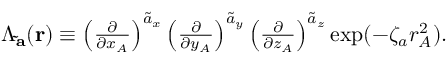
\begin{array} { r } { \Lambda _ { \mathbf { \tilde { a } } } ( { \bf r } ) \equiv \left( \frac { \partial } { \partial x _ { A } } \right) ^ { \tilde { a } _ { x } } \left( \frac { \partial } { \partial y _ { A } } \right) ^ { \tilde { a } _ { y } } \left( \frac { \partial } { \partial z _ { A } } \right) ^ { \tilde { a } _ { z } } \exp ( - \zeta _ { a } r _ { A } ^ { 2 } ) . } \end{array}